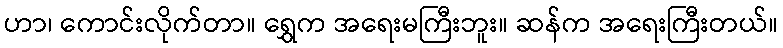
ဟာ၊ ကောင်းလိုက်တာ။ ရွှေက အရေးမကြီးဘူး။ ဆန်က အရေးကြီးတယ်။